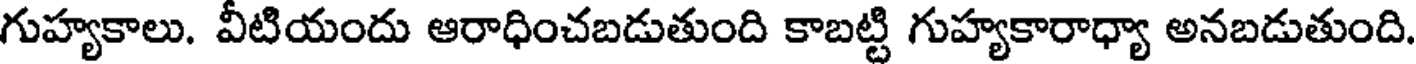
గుహ్యకాలు. వీటియందు ఆరాధించబడుతుంది కాబట్టి గుహ్యకారాధ్యా అనబడుతుంది